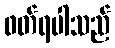
ဖတ်ရပါသည်